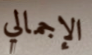
الإجمالي